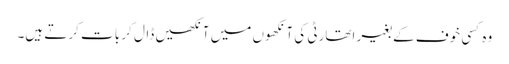
وہ کسی خوف کے بغیر اتھارٹی کی آنکھوں میں آنکھیں ڈال کر بات کرتے ہیں۔